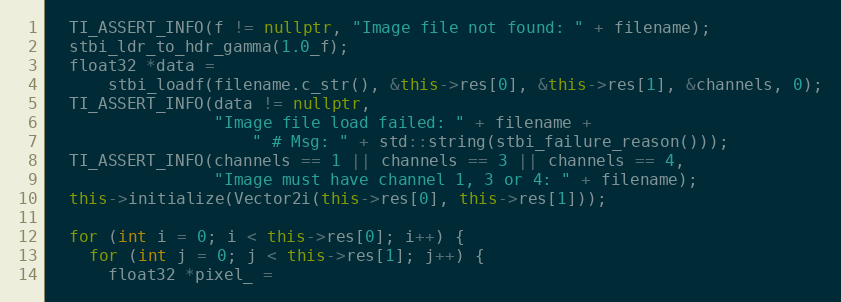
Language: C++
  TI_ASSERT_INFO(f != nullptr, "Image file not found: " + filename);
  stbi_ldr_to_hdr_gamma(1.0_f);
  float32 *data =
      stbi_loadf(filename.c_str(), &this->res[0], &this->res[1], &channels, 0);
  TI_ASSERT_INFO(data != nullptr,
                 "Image file load failed: " + filename +
                     " # Msg: " + std::string(stbi_failure_reason()));
  TI_ASSERT_INFO(channels == 1 || channels == 3 || channels == 4,
                 "Image must have channel 1, 3 or 4: " + filename);
  this->initialize(Vector2i(this->res[0], this->res[1]));

  for (int i = 0; i < this->res[0]; i++) {
    for (int j = 0; j < this->res[1]; j++) {
      float32 *pixel_ =